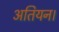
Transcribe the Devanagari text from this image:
अतियन।